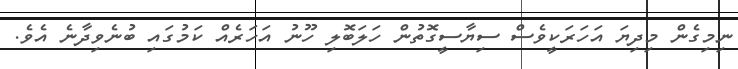
ނިމިގެން މިދިޔަ އަހަރަކީވެސް ސިޔާސީގޮތުން ހަލަބޮލި ހޫނު އަހަރެއް ކަމުގައި ބުނެވިދާނެ އެވެ.